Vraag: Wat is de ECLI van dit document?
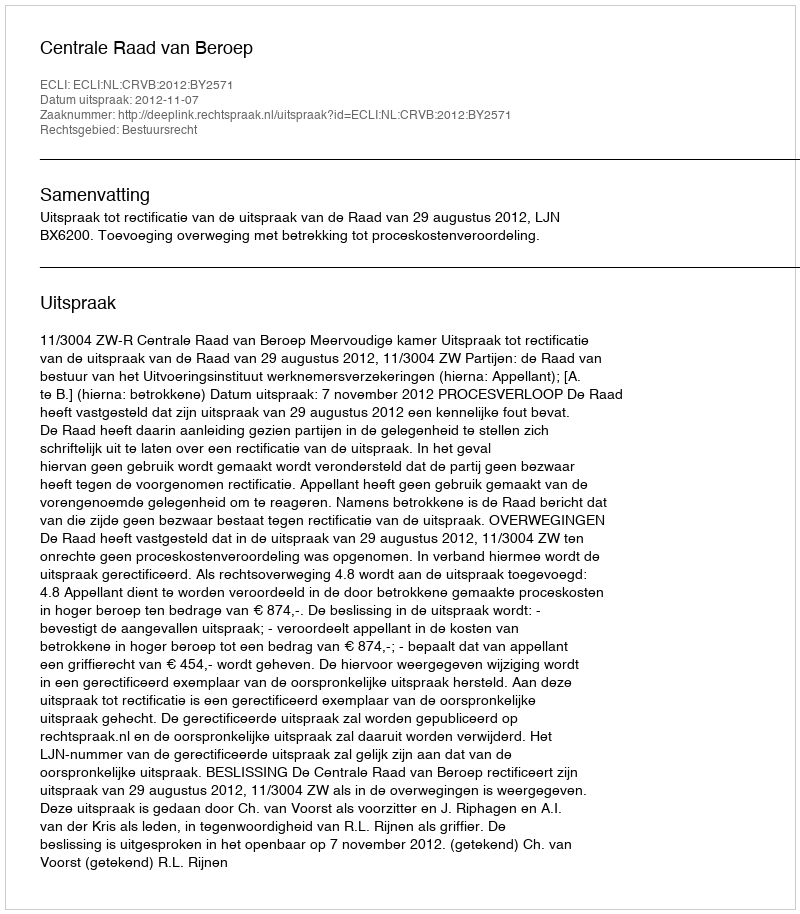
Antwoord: ECLI:NL:CRVB:2012:BY2571